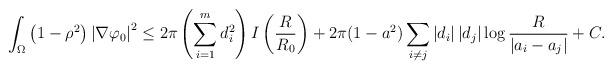
LaTeX: \begin{align*} \int_{\Omega}\left(1-\rho^{2}\right)\left|\nabla\varphi_{0}\right|^{2}\leq 2\pi \left(\sum_{i=1}^{m} d_{i}^2\right) I\left(\frac{R}{R_{0}}\right)+2\pi(1-a^{2}) \sum_{i\neq j}\left|d_{i}\right|\left|d_{j}\right|\log \dfrac{R}{\left|a_{i}-a_{j}\right|}+C.\end{align*}